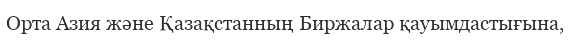
Орта Азия және Қазақстанның Биржалар қауымдастығына,